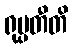
ရုပ္ပတီတိ